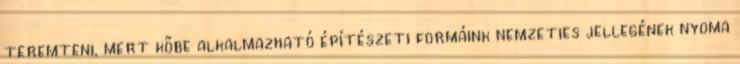
teremteni, mert kőbe alkalmazható építészeti formáink nemzeties jellegének nyoma